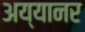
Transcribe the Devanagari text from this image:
अय्यानर